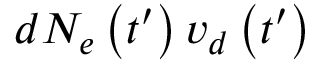
d N _ { e } \left( t ^ { \prime } \right) v _ { d } \left( t ^ { \prime } \right)